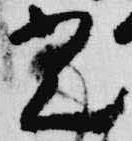
光